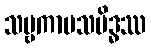
သဗ္ဗကာမသမိဒ္ဓဿ